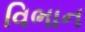
વિભાન